Annual administration and progress report of the Indian Medical Department, Bombay
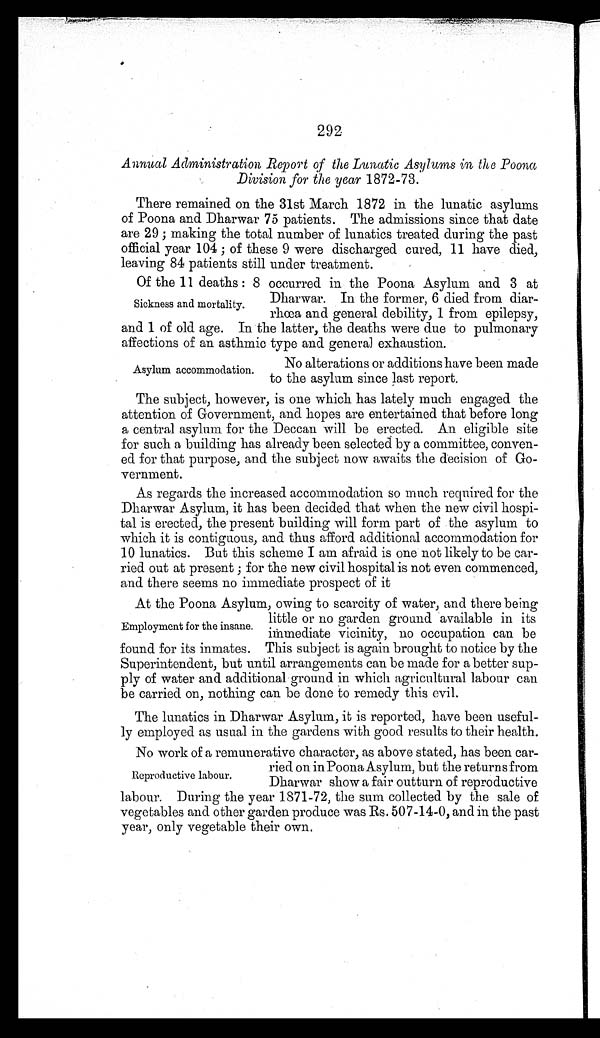
292
Annual Administration Report of the Lunatic Asylums in the Poona
Division for the year 1872-73.
There remained on the 31st March 1872 in the lunatic asylums
of Poona and Dharwar 75 patients. The admissions since that date
are 29; making the total number of lunatics treated during the past
official year 104; of these 9 were discharged cured, 11 have died,
leaving 84 patients still under treatment.
Of the 11 deaths: 8 occurred in the Poona Asylum and 3 at
Dharwar. In the former, 6 died from diar-
rhœa and general debility, 1 from epilepsy,
and 1 of old age. In the latter, the deaths were due to pulmonary
affections of an asthmic type and general exhaustion.
Sickness and mortality.
No alterations or additions have been made
to the asylum since last report.
Asylum accommodation.
The subject, however, is one which has lately much engaged the
attention of Government, and hopes are entertained that before long
a central asylum for the Deccan will be erected. An eligible site
for such a building has already been selected by a committee, conven
-
ed for that purpose, and the subject now awaits the decision of Go
-
vernment.
As regards the increased accommodation so much required for the
Dharwar Asylum, it has been decided that when the new civil hospi
-
tal is erected, the present building will form part of the asylum to
which it is contiguous, and thus afford additional accommodation for
10 lunatics. But this scheme I am afraid is one not likely to be car-
ried out at present; for the new civil hospital is not even commenced,
and there seems no immediate prospect of it
At the Poona Asylum, owing to scarcity of water, and there being
little or no garden ground available in its
immediate vicinity, no occupation can be
found for its inmates. This subject is again brought to notice by the
Superintendent, but until arrangements can be made for a better sup
-ply of water and additional ground in which agricultural labour can
be carried on, nothing can be done to remedy this evil.
The lunatics in Dharwar Asylum, it is reported, have been useful
-ly employed as usual in the gardens with good results to their health.
No work of a remunerative character, as above stated, has been car-
ried on in Poona Asylum, but the returns from
Dharwar show a fair outturn of reproductive
labour. During the year 1871-72, the sum collected by the sale of
vegetables and other garden produce was Rs. 507-14-0, and in the past
year, only vegetable their own.
Employment for the insane.
Reproductive labour.